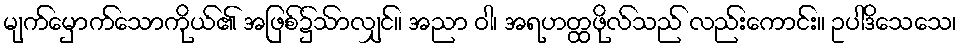
မျက်မှောက်သောကိုယ်၏ အဖြစ်၌သာ်လျှင်။ အညာ ဝါ၊ အရဟတ္ထဖိုလ်သည် လည်းကောင်း။ ဥပါဒိသေသေ၊